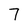
Character: 7